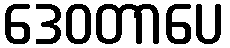
ဒေဝတာပေ